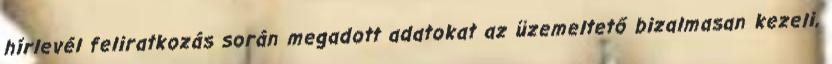
hírlevél feliratkozás során megadott adatokat az üzemeltető bizalmasan kezeli,